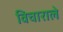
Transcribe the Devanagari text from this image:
विचाराले